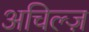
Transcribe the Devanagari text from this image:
अचिल्ज़